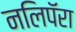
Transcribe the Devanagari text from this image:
नलिपॅरा